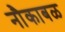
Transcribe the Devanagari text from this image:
नौकाबळ